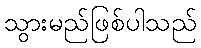
သွားမည်ဖြစ်ပါသည်